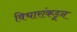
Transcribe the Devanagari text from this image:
विचारांकडून